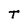
Character: T